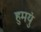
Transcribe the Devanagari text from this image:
हुमयुं